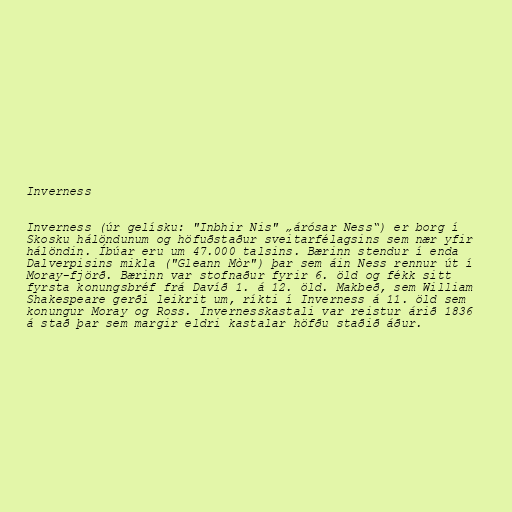
Inverness

Inverness (úr gelísku: "Inbhir Nis" „árósar Ness“) er borg í
Skosku hálöndunum og höfuðstaður sveitarfélagsins sem nær yfir
hálöndin. Íbúar eru um 47.000 talsins. Bærinn stendur í enda
Dalverpisins mikla ("Gleann Mòr") þar sem áin Ness rennur út í
Moray-fjörð. Bærinn var stofnaður fyrir 6. öld og fékk sitt
fyrsta konungsbréf frá Davíð 1. á 12. öld. Makbeð, sem William
Shakespeare gerði leikrit um, ríkti í Inverness á 11. öld sem
konungur Moray og Ross. Invernesskastali var reistur árið 1836
á stað þar sem margir eldri kastalar höfðu staðið áður.